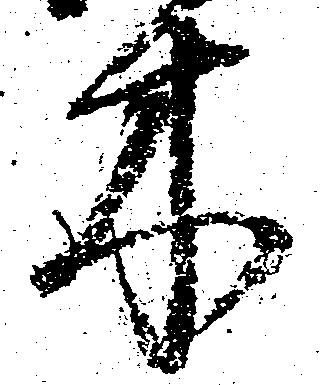
木